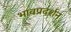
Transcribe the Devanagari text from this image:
भावप्रदर्शन